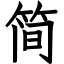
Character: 简